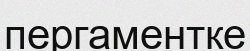
пергаментке